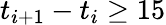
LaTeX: t_{i+1}-t_{i}\geq 15